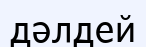
дәлдей